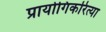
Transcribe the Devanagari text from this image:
प्रायोगिकरित्या